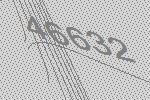
46632